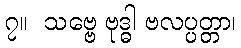
၇။  သဗ္ဗေ ဗုဒ္ဓါ ဗလပ္ပတ္တာ၊